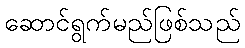
ဆောင်ရွက်မည်ဖြစ်သည်